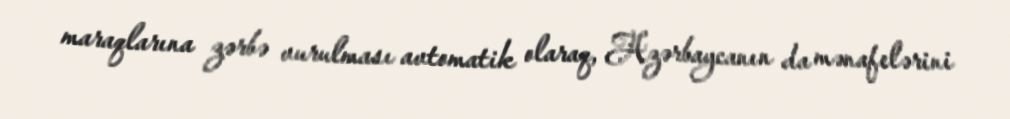
maraqlarına zərbə vurulması avtomatik olaraq, Azərbaycanın da mənafelərini